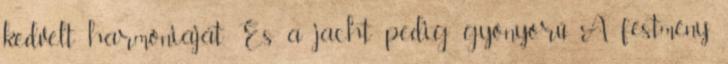
kedvelt harmóniáját. És a jacht pedig gyönyörű A festmény